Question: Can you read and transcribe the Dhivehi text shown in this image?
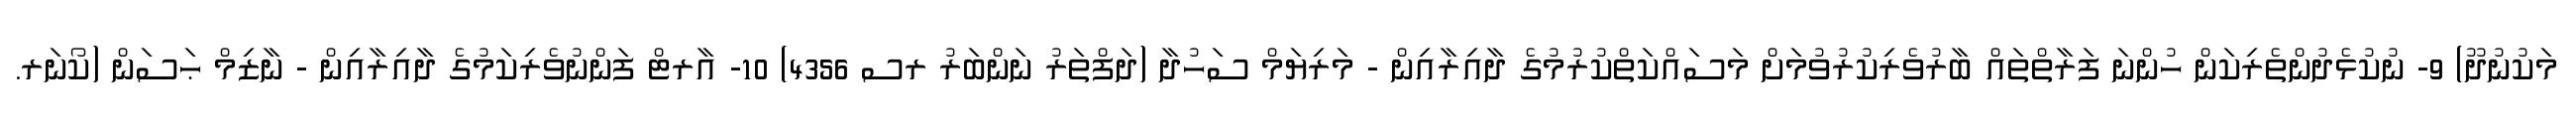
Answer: މަކުނުދޫ) 9- ނުކުޅެދުންތެރިކަން ހުންނަ ފަރާތްތައް ބާރުވެރިކުރުވުމަށް މަސައްކަތްކުރުމުގެ ދާއިރާއިން - މަރިޔަމް ސަހުދާ (ދަފްތަރު ނަންބަރު ރސ 4356) 10- އާރޓް ފަންނުވެރިކަމުގެ ދާއިރާއިން - ނާޒިމް ޙަސަން (ކޯނަރ.